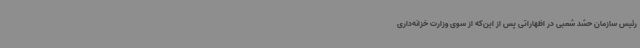
رئیس سازمان حشد شعبی در اظهاراتی پس از این‌که از سوی وزارت خزانه‌داری